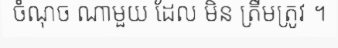
ចំណុច ណាមួយ ដែល មិន ត្រឹមត្រូវ ។